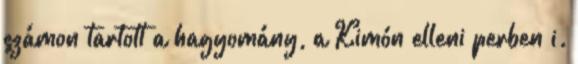
számon tartott a hagyomány, a Kimón elleni perben i.